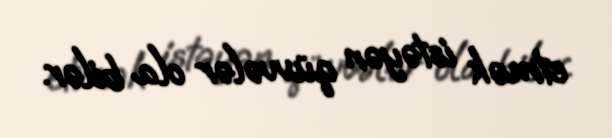
etmək istəyən qüvvələr ola bilər.